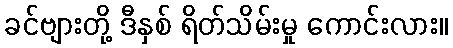
ခင်ဗျားတို့ ဒီနှစ် ရိတ်သိမ်းမှု ကောင်းလား။